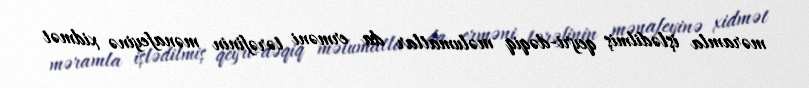
məramla işlədilmiş qeyri-dəqiq məlumatlar da erməni tərəfinin mənafeyinə xidmət